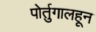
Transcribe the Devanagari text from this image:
पोर्तुगालहून